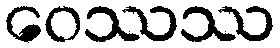
ဝေဿဿ